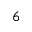
_ 6